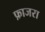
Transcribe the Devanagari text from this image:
फ़ाजरा